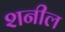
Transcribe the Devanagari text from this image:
शनील